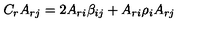
C _ { r } A _ { r j } = 2 A _ { r i } \beta _ { i j } + A _ { r i } \rho _ { i } A _ { r j }